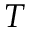
T